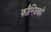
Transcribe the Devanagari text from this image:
फौन्ज़िको